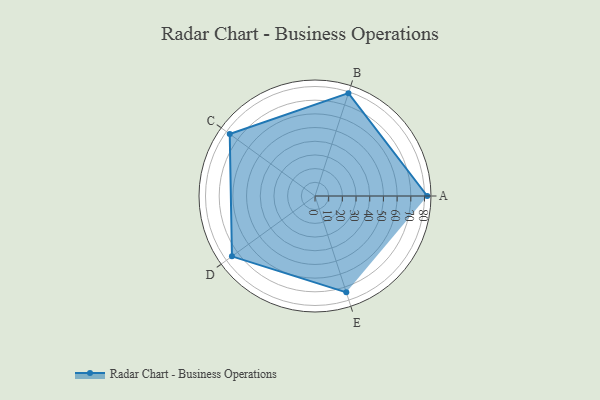
{"axis": {"x": "Skill", "y": "Score"}, "legend": ["Profile"], "data": [{"x": "A", "y": 82.0, "type": "Profile"}, {"x": "B", "y": 79.0, "type": "Profile"}, {"x": "C", "y": 77.0, "type": "Profile"}, {"x": "D", "y": 75.0, "type": "Profile"}, {"x": "E", "y": 74.0, "type": "Profile"}]}